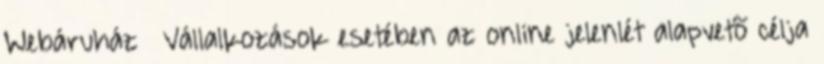
Webáruház » Vállalkozások esetében az online jelenlét alapvetõ célja